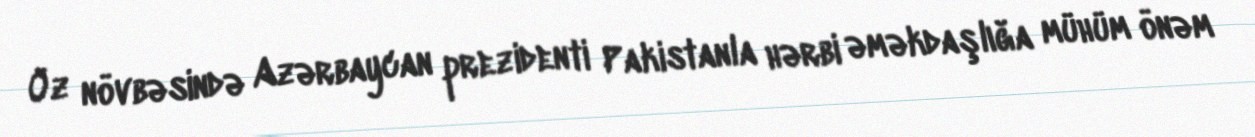
Öz növbəsində Azərbaycan prezidenti Pakistanla hərbi əməkdaşlığa mühüm önəm